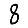
Digit: 8